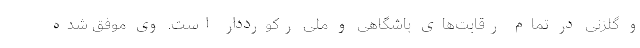
و گلزنی در تمام رقابت‌های باشگاهی و ملی رکورددار است. وی موفق شده